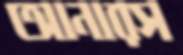
আনারস